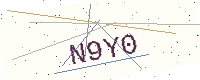
Text: N9Y0